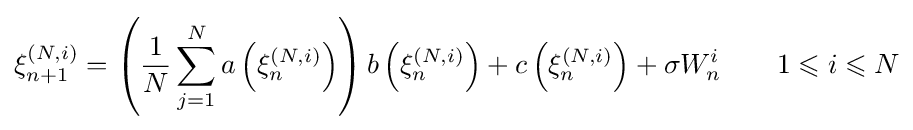
\xi _{n+1}^{(N,i)}=\left({\frac {1}{N}}\sum _{j=1}^{N}a\left(\xi _{n}^{(N,i)}\right)\right)b\left(\xi _{n}^{(N,i)}\right)+c\left(\xi _{n}^{(N,i)}\right)+\sigma W_{n}^{i}\qquad 1\leqslant i\leqslant N